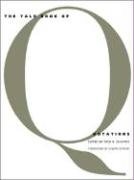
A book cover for The Yale Book of Quotations; Reference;